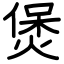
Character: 煲